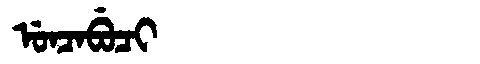
Manchu: ᡠᠨᠴᠠᠪᡠᠴᡳ
Romanization: UNCABUCI